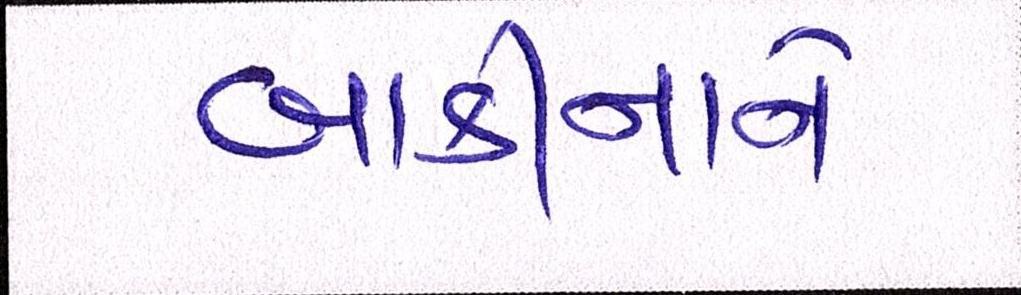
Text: બાકીનાને